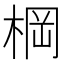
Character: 棡